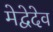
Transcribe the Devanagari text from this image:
मेद्वेदेव